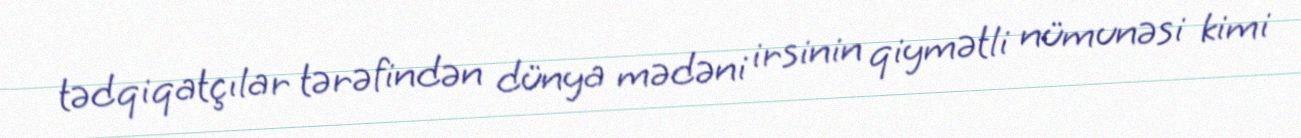
tədqiqatçılar tərəfindən dünya mədəni irsinin qiymətli nümunəsi kimi